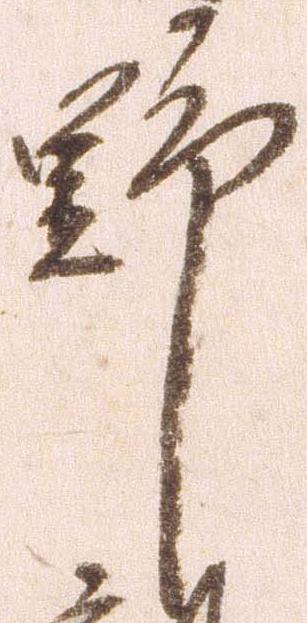
野